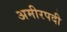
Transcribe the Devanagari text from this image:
अमीरपदी